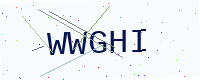
Text: WWGHI